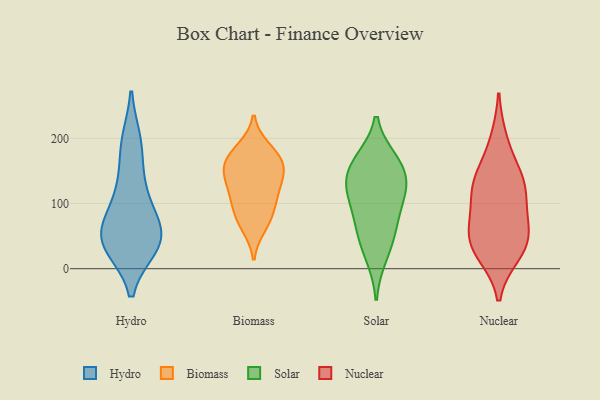
{"axis": {"x": "Tickets Resolved", "y": "Value"}, "legend": ["Biomass", "Hydro", "Nuclear", "Solar"], "data": [{"x": "", "y": 188, "type": "Hydro"}, {"x": "", "y": 119, "type": "Hydro"}, {"x": "", "y": 194, "type": "Hydro"}, {"x": "", "y": 73, "type": "Hydro"}, {"x": "", "y": 38, "type": "Hydro"}, {"x": "", "y": 48, "type": "Hydro"}, {"x": "", "y": 121, "type": "Hydro"}, {"x": "", "y": 37, "type": "Hydro"}, {"x": "", "y": 59, "type": "Hydro"}, {"x": "", "y": 35, "type": "Hydro"}, {"x": "", "y": 50, "type": "Hydro"}, {"x": "", "y": 109, "type": "Biomass"}, {"x": "", "y": 160, "type": "Biomass"}, {"x": "", "y": 151, "type": "Biomass"}, {"x": "", "y": 147, "type": "Biomass"}, {"x": "", "y": 76, "type": "Biomass"}, {"x": "", "y": 90, "type": "Biomass"}, {"x": "", "y": 162, "type": "Biomass"}, {"x": "", "y": 184, "type": "Biomass"}, {"x": "", "y": 117, "type": "Biomass"}, {"x": "", "y": 129, "type": "Biomass"}, {"x": "", "y": 177, "type": "Biomass"}, {"x": "", "y": 65, "type": "Biomass"}, {"x": "", "y": 91, "type": "Solar"}, {"x": "", "y": 127, "type": "Solar"}, {"x": "", "y": 117, "type": "Solar"}, {"x": "", "y": 166, "type": "Solar"}, {"x": "", "y": 122, "type": "Solar"}, {"x": "", "y": 61, "type": "Solar"}, {"x": "", "y": 153, "type": "Solar"}, {"x": "", "y": 19, "type": "Solar"}, {"x": "", "y": 53, "type": "Solar"}, {"x": "", "y": 163, "type": "Solar"}, {"x": "", "y": 145, "type": "Nuclear"}, {"x": "", "y": 123, "type": "Nuclear"}, {"x": "", "y": 73, "type": "Nuclear"}, {"x": "", "y": 76, "type": "Nuclear"}, {"x": "", "y": 125, "type": "Nuclear"}, {"x": "", "y": 24, "type": "Nuclear"}, {"x": "", "y": 196, "type": "Nuclear"}, {"x": "", "y": 46, "type": "Nuclear"}, {"x": "", "y": 35, "type": "Nuclear"}, {"x": "", "y": 128, "type": "Nuclear"}, {"x": "", "y": 36, "type": "Nuclear"}]}